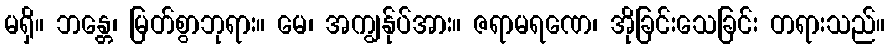
မရှိ။ ဘန္တေ၊ မြတ်စွာဘုရား။ မေ၊ အကျွန်ုပ်အား။ ဇရာမရဏေ၊ အိုခြင်းသေခြင်း တရားသည်။